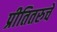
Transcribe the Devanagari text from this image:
प्रीतितरुचें